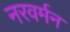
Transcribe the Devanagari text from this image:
नरवर्मन